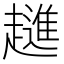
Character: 𧾄